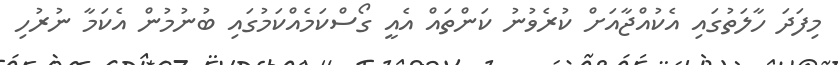
މިފަދަ ހާލަތުގައި އެކުއްޖާއަށް ކުރެވުނު ކަންތައް އެއީ ގޯސްކަމެއްކަމުގައި ބުނުމުން އެކަމާ ނުރުހި